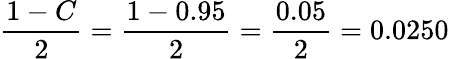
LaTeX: {\frac{1-C}{2}}={\frac{1-0.95}{2}}={\frac{0.05}{2}}=0.0250